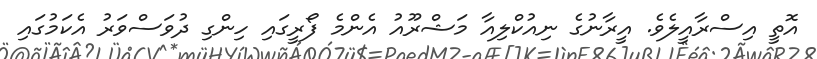
އޮތީ އިސްރާއީލެވެ. އީރާނުގެ ނިއުކްލިއާ މަޝްރޫއު އެންމެ ފޯރީގައި ހިންގި ދުވަސްވަރު އެކަމުގައި